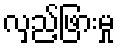
လှည့်ဖြားမှု